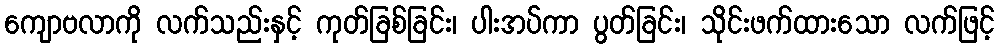
ကျောဗလာကို လက်သည်းနှင့် ကုတ်ခြစ်ခြင်း၊ ပါးအပ်ကာ ပွတ်ခြင်း၊ သိုင်းဖက်ထားသော လက်ဖြင့်